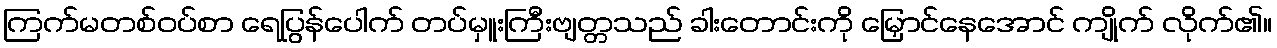
ကြက်မတစ်ဝပ်စာ ရေပြွန်ပေါက် တပ်မှူးကြီးဗျတ္တသည် ခါးတောင်းကို မြှောင်နေအောင် ကျိုက် လိုက်၏။